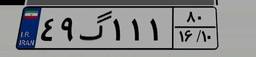
۴۹گ۱۱۱۸۰